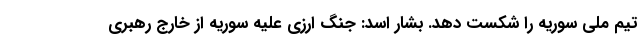
تیم ملی سوریه را شکست دهد. بشار اسد: جنگ ارزی علیه سوریه از خارج رهبری